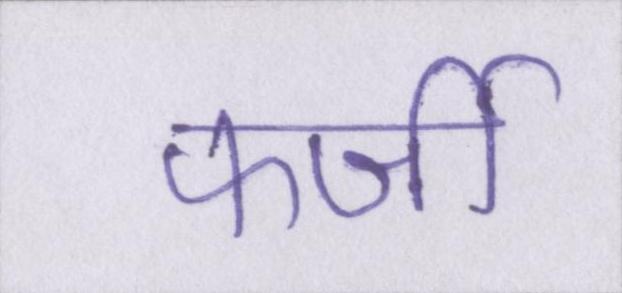
फर्जी